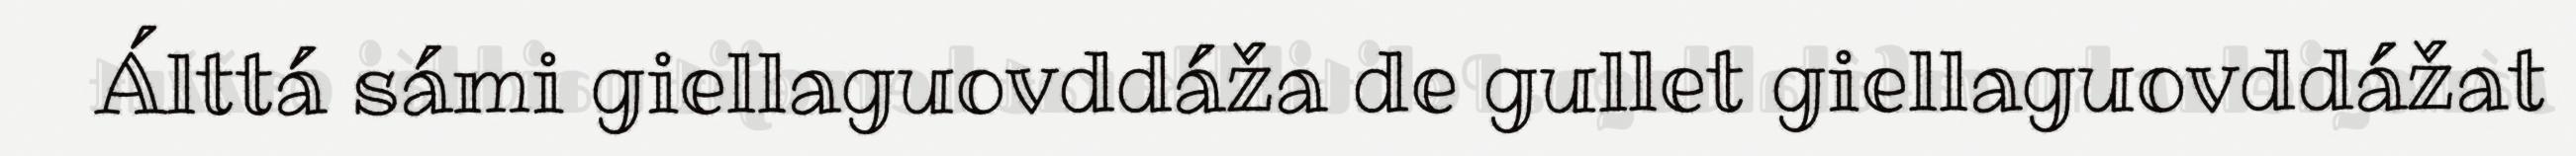
Álttá sámi giellaguovddáža de gullet giellaguovddážat